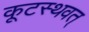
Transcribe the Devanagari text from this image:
कूटस्थवत्‌